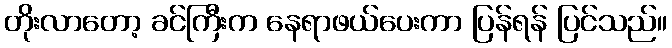
တိုးလာတော့ ခင်ကြီးက နေရာဖယ်ပေးကာ ပြန်ရန် ပြင်သည်။